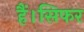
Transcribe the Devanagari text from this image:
हैं।सिफर